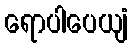
ရောပါပေယျံ